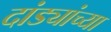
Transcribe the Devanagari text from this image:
दांड्यांच्या